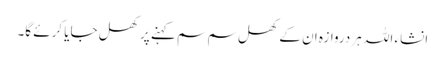
انشاء اللہ ہر دروازہ ان کے کھل سم سم کہنے پر کھل جایا کرئے گا۔